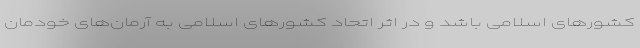
کشورهای اسلامی باشد و در اثر اتحاد کشورهای اسلامی به آرمان‌های خودمان